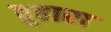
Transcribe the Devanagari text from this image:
बुहारा